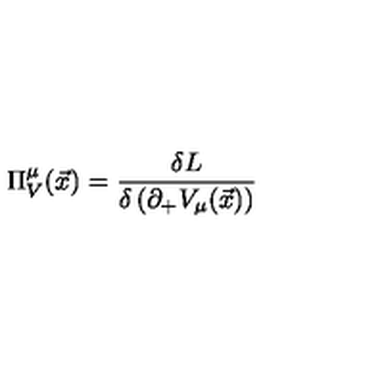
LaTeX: \Pi _ { V } ^ { \mu } ( { \vec { x } } ) = \frac { \delta { L } } { \delta \left( \partial _ { + } V _ { \mu } ( \vec { x } ) \right) }